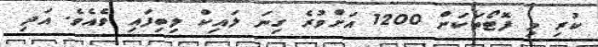
ކުރި މި ފޮޓޯތަކަށް 1200 އަށްވުރެ ގިނަ ލައިކް ލިބިފައި ވެއެވެ. އަދި